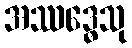
အဿဒ္ဓေသု